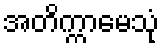
အတိက္ကာမေသုံ